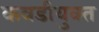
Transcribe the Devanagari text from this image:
कवडीयुक्‍त